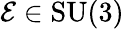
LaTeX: \mathcal{E}\in\mathrm{SU}(3)